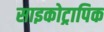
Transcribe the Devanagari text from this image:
साइकोट्रापिक